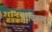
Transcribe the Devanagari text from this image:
श्राविकाश्रम